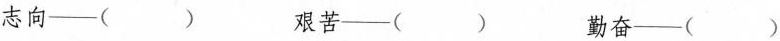
志向___() 艰苦___( 勤奋___()